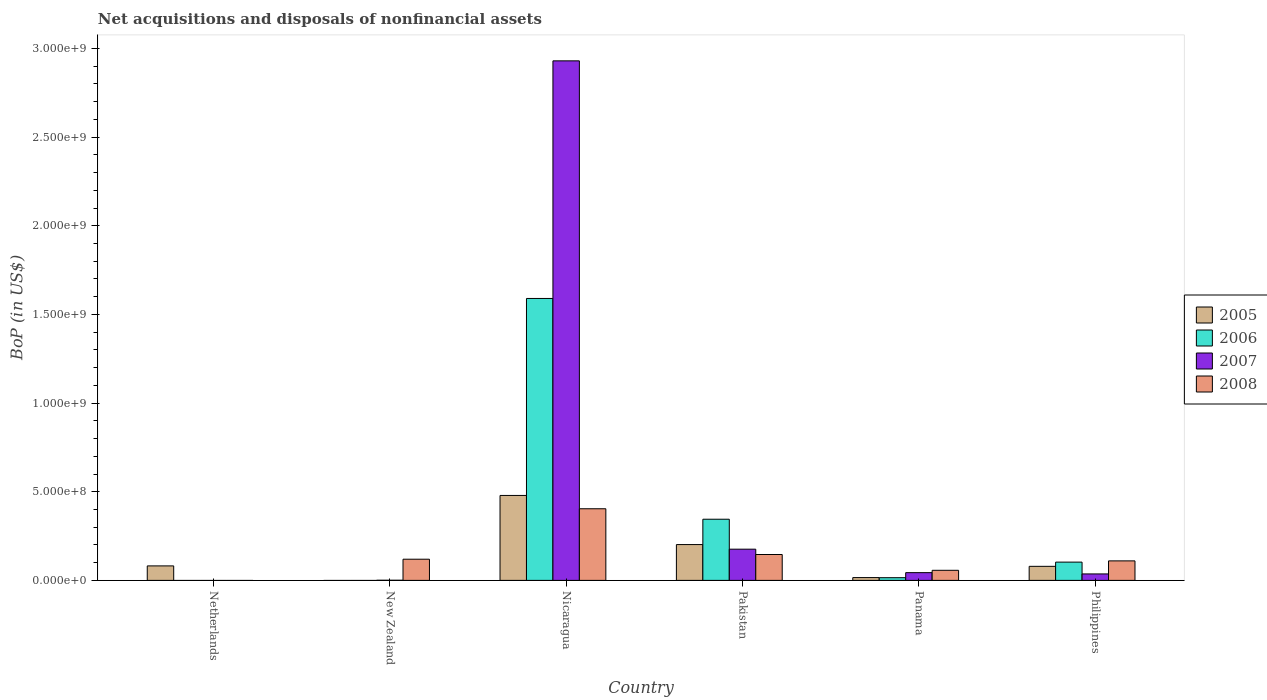
| Country | 2005 | 2006 | 2007 | 2008 |
 | --- | --- | --- | --- | --- |
 | Netherlands | 8.17e+07 | -2.11e+09 | -1.56e+10 | -1.39e+09 |
 | New Zealand | -6.95e+05 | -6.65e+05 | 7.64e+05 | 1.19e+08 |
 | Nicaragua | 4.79e+08 | 1.59e+09 | 2.93e+09 | 4.04e+08 |
 | Pakistan | 2.02e+08 | 3.45e+08 | 1.76e+08 | 1.46e+08 |
 | Panama | 1.58e+07 | 1.52e+07 | 4.37e+07 | 5.69e+07 |
 | Philippines | 7.93e+07 | 1.03e+08 | 3.64e+07 | 1.1e+08 |